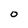
Character: O